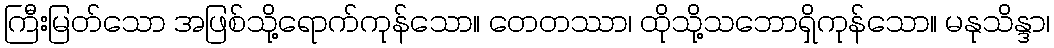
ကြီးမြတ်သော အဖြစ်သို့ရောက်ကုန်သော။ တေတဿာ၊ ထိုသို့သဘောရှိကုန်သော။ မနုသိန္ဒာ၊